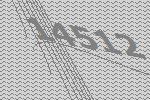
14512